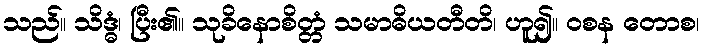
သည်။ သိဒ္ဓံ၊ ပြီး၏။ သုခိနောစိတ္တံ သမာဓိယတီတိ၊ ဟူ၍။ ဝစန တောစ၊